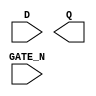
module sky130_fd_sc_lp__dlxtn (
    //# {{data|Data Signals}}
    input  D     ,
    output Q     ,

    //# {{clocks|Clocking}}
    input  GATE_N
);

    // Voltage supply signals
    supply1 VPWR;
    supply0 VGND;
    supply1 VPB ;
    supply0 VNB ;

endmodule